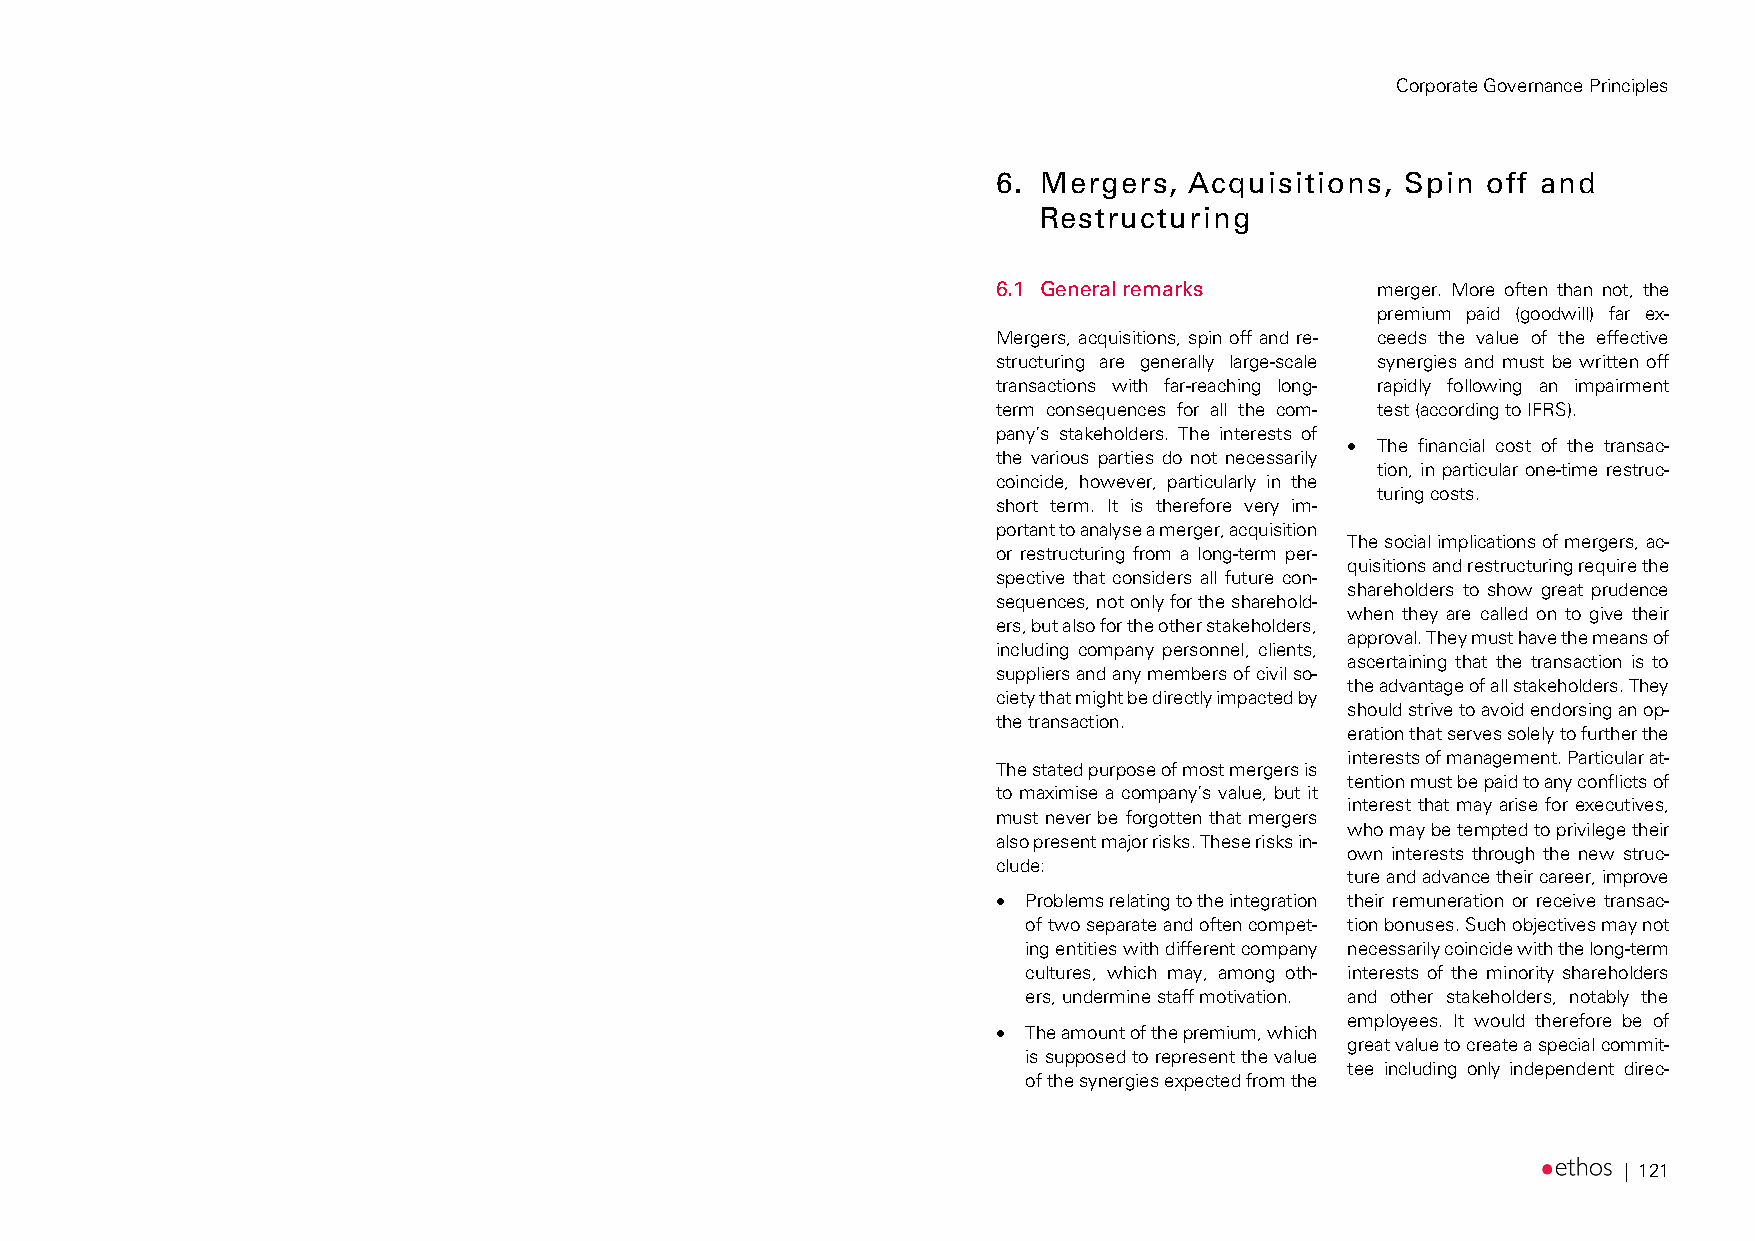
Corporate Governance Principles
 6. Mergers,  Acquisitions, Spin off and
 Restructuring
 6.1 General remarks      merger. More often than not, the
 premium paid (goodwill) far ex-
 Mergers, acquisitions, spin off and re- ceeds the value of the effective
 structuring are generally large-scale synergies and must be written off
 transactions with far-reaching long- rapidly following an impairment
 term consequences for all the com- test (according to IFRS).
 pany’s stakeholders. The interests of
  The financial cost of the transac-
 the various parties do not necessarily
 tion, in particular one-time restruc-
 coincide, however, particularly in the
 turing costs.
 short term. It is therefore very im-
 portant to analyse a merger, acquisition
 The social implications of mergers, ac-
 or restructuring from a long-term per-
 quisitions and restructuring require the
 spective that considers all future con-
 shareholders to show great prudence
 sequences, not only for the sharehold-
 when they are called on to give their
 ers, but also for the other stakeholders,
 approval. They must have the means of
 including company personnel, clients,
 ascertaining that the transaction is to
 suppliers and any members of civil so-
 the advantage of all stakeholders. They
 ciety that might be directly impacted by
 should strive to avoid endorsing an op-
 the transaction.
 eration that serves solely to further the
 interests of management. Particular at-
 The stated purpose of most mergers is
 tention must be paid to any conflicts of
 to maximise a company’s value, but it
 interest that may arise for executives,
 must never be forgotten that mergers
 who may be tempted to privilege their
 also present major risks. These risks in-
 own interests through the new struc-
 clude:
 ture and advance their career, improve
  Problems relating to the integration their remuneration or receive transac-
 of two separate and often compet- tion bonuses. Such objectives may not
 ing entities with different company necessarily coincide with the long-term
 cultures, which may, among oth- interests of the minority shareholders
 ers, undermine staff motivation. and other stakeholders, notably the
 employees. It would therefore be of
  The amount of the premium, which
 great value to create a special commit-
 is supposed to represent the value
 tee including only independent direc-
 of the synergies expected from the
 | 121